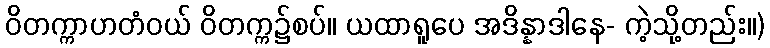
ဝိတက္ကာဟတံဝယ် ဝိတက္က၌စပ်။ ယထာရူပေ အဒိန္နာဒါနေ- ကဲ့သို့တည်း။)